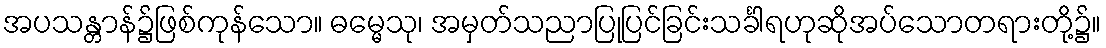
အပသန္တာန်၌ဖြစ်ကုန်သော။ ဓမ္မေသု၊ အမှတ်သညာပြုပြင်ခြင်းသင်္ခါရဟုဆိုအပ်သောတရားတို့၌။